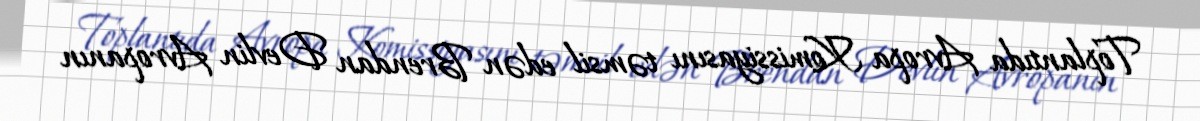
Toplantıda Avropa Komissiyasını təmsil edən Brendan Devlin Avropanın